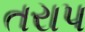
તરાપ